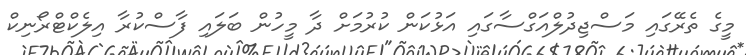
މީގެ ތެރޭގައި މަސްޖިދުލްއަގްސާގައި އަޅުކަން ކުރުމަށް ދާ މީހުން ބަލައި ފާސްކުރާ އިލެކްޓްރޯނިކް